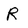
Character: R